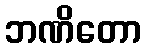
ဘဏိတော